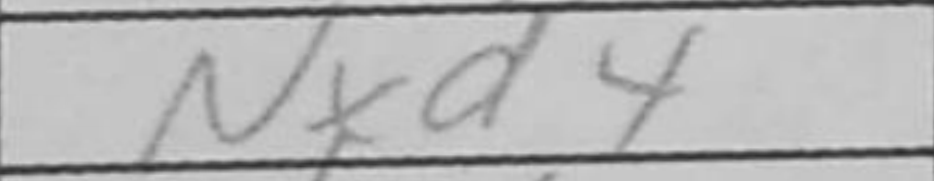
Transcription: Nxd4